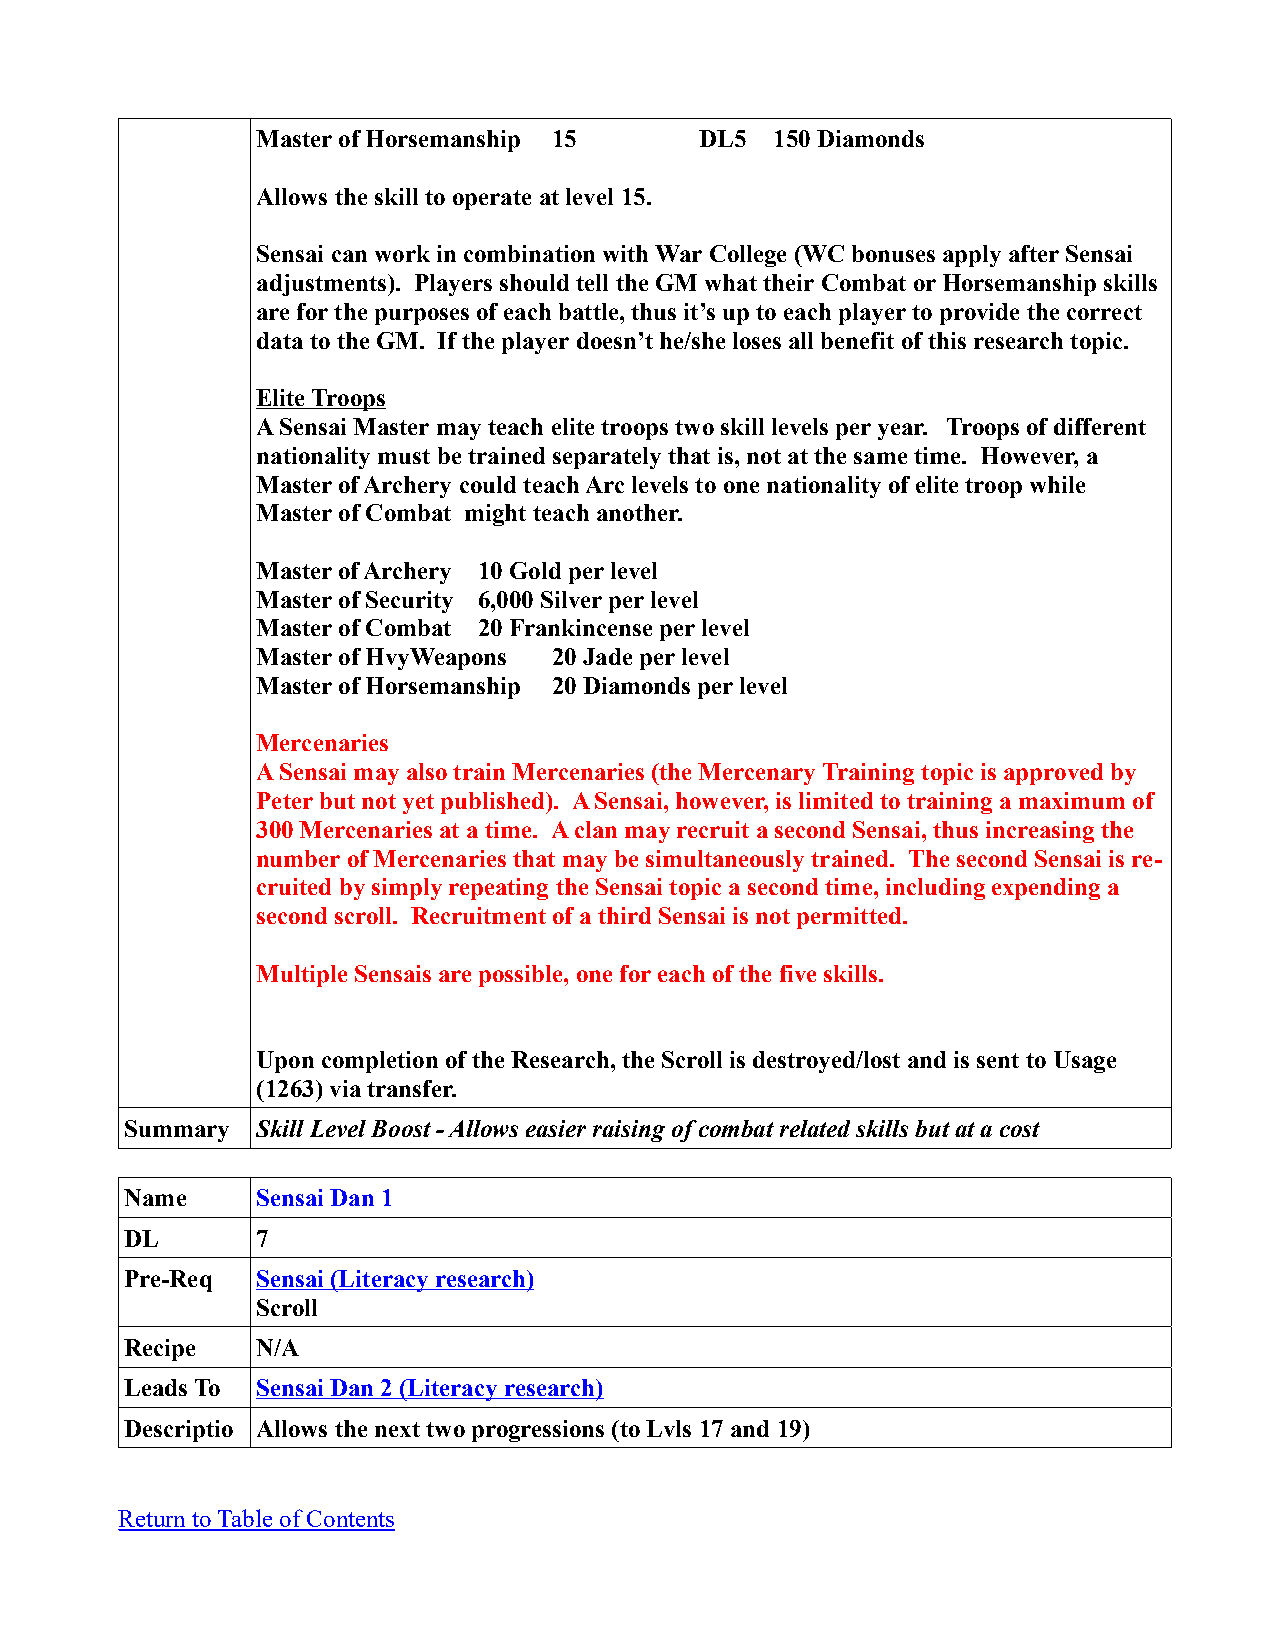
Master of Horsemanship 15    DL5  150 Diamonds
 Allows the skill to operate at level 15.
 Sensai can work in combination with War College (WC bonuses apply after Sensai
 adjustments). Players should tell the GM what their Combat or Horsemanship skills
 are for the purposes of each battle, thus it’s up to each player to provide the correct
 data to the GM. If the player doesn’t he/she loses all benefit of this research topic.
 Elite Troops
 A Sensai Master may teach elite troops two skill levels per year. Troops of different
 nationality must be trained separately that is, not at the same time. However, a
 Master of Archery could teach Arc levels to one nationality of elite troop while
 Master of Combat might teach another.
 Master of Archery 10 Gold per level
 Master of Security 6,000 Silver per level
 Master of Combat 20 Frankincense per level
 Master of HvyWeapons 20 Jade per level
 Master of Horsemanship 20 Diamonds per level
 Mercenaries
 A Sensai may also train Mercenaries (the Mercenary Training topic is approved by
 Peter but not yet published). A Sensai, however, is limited to training a maximum of
 300 Mercenaries at a time. A clan may recruit a second Sensai, thus increasing the
 number of Mercenaries that may be simultaneously trained. The second Sensai is re-
 cruited by simply repeating the Sensai topic a second time, including expending a
 second scroll. Recruitment of a third Sensai is not permitted.
 Multiple Sensais are possible, one for each of the five skills.
 Upon completion of the Research, the Scroll is destroyed/lost and is sent to Usage
 (1263) via transfer.
 Summary  Skill Level Boost - Allows easier raising of combat related skills but at a cost
 Name     Sensai Dan 1
 DL       7
 Pre-Req  Sensai (Literacy research)
 Scroll
 Recipe   N/A
 Leads To Sensai Dan 2 (Literacy research)
 Descriptio Allows the next two progressions (to Lvls 17 and 19)
 Return to Table of Contents